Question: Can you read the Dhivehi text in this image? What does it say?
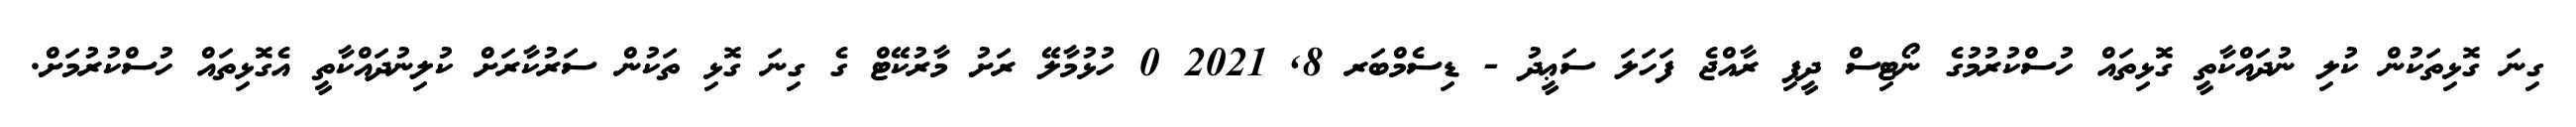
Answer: ގިނަ ގޮޅިތަކުން ކުލި ނުދައްކާތީ ގޮޅިތައް ހުސްކުރުމުގެ ނޯޓިސް ދީފި ރާއްޖެ ފަހަލަ ސަޢީދު - ޑިސެމްބަރ 8, 2021 0 ހުޅުމާލޭ ރަށު މާރުކޭޓް ގެ ގިނަ ގޮޅި ތަކުން ސަރުކާރަށް ކުލިނުދައްކާތީ އެގޮޅިތައް ހުސްކުރުމަށް.